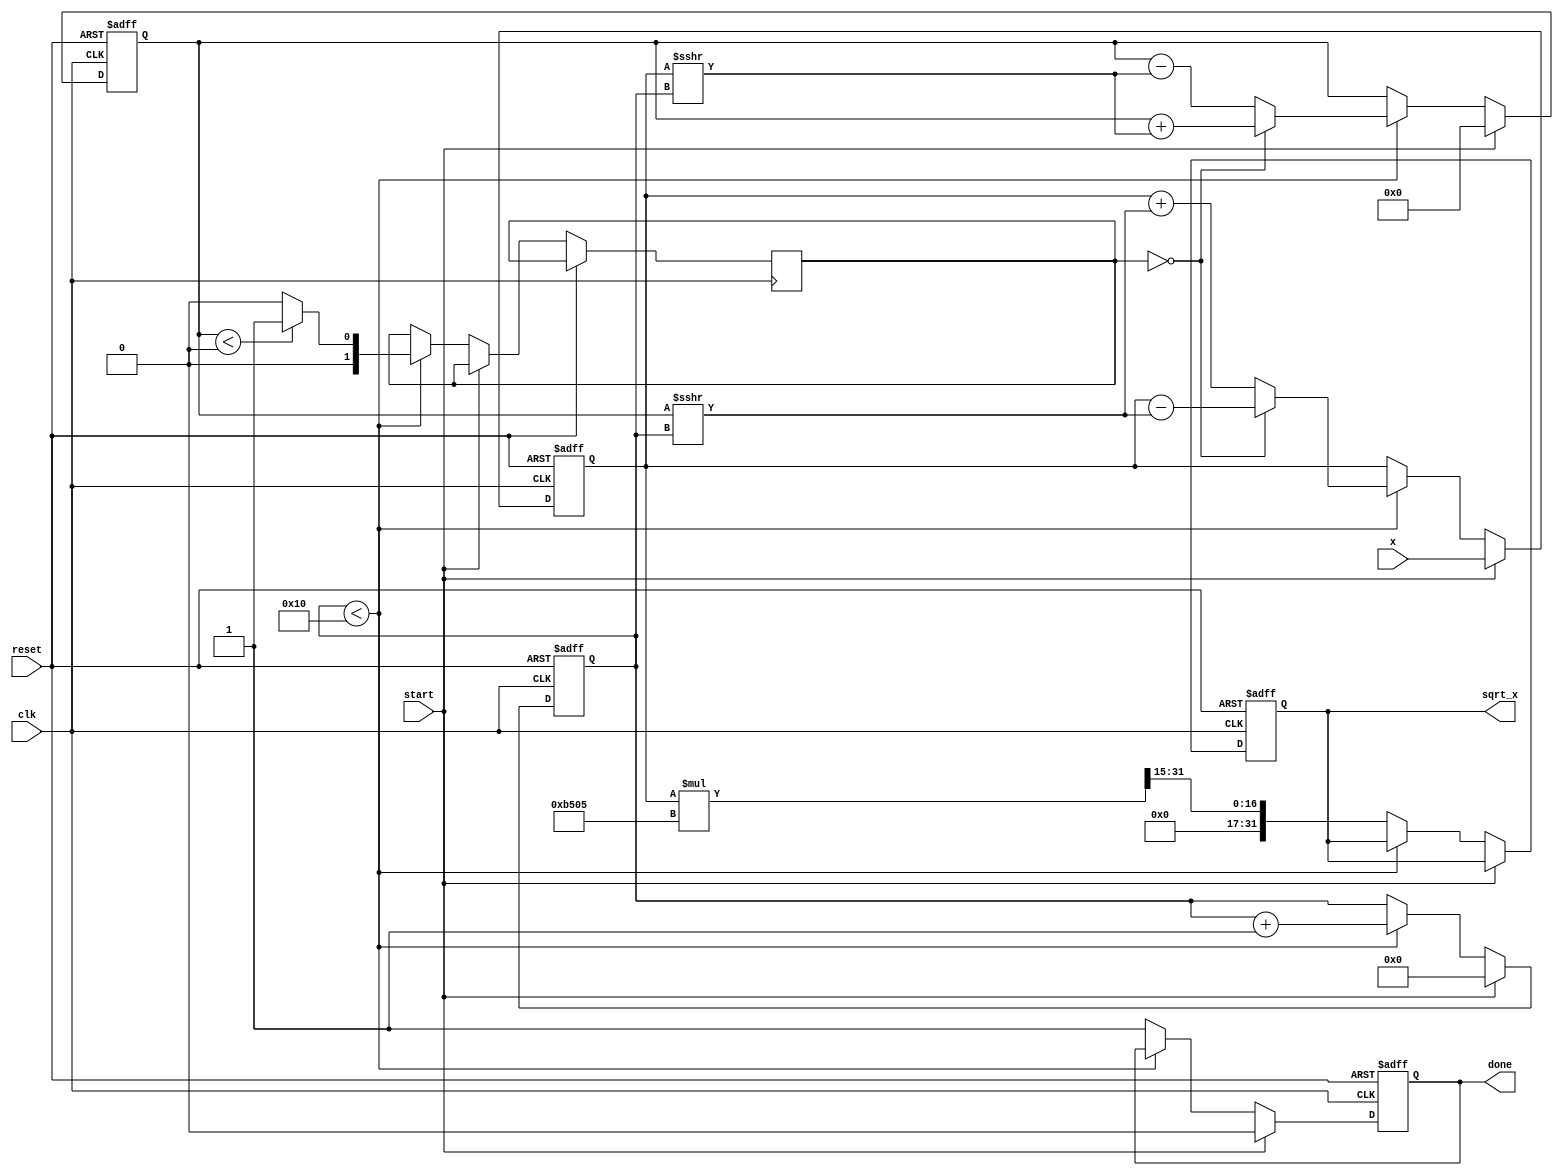
module cordic_sqrt (
    input wire clk,
    input wire reset,
    input wire start,
    input wire [31:0] x, // Input number (non-negative)
    output reg [31:0] sqrt_x, // Output square root
    output reg done // Done signal
);

    // Parameters
    parameter NUM_ITERATIONS = 16; // Number of iterations for precision
    parameter CORDIC_K = 32'hB505; // Scaling factor for CORDIC (approx. 1.64676)

    // Internal registers
    reg [31:0] X, Y, Z;
    reg [NUM_ITERATIONS-1:0] angle; // Angle for each iteration
    reg [3:0] iteration; // Iteration counter
    reg [1:0] d; // Direction of rotation

    // Predefined arctangent values for CORDIC
    reg [31:0] atan_table [0:NUM_ITERATIONS-1];

    initial begin
        // Initialize arctangent values (in fixed-point format)
        atan_table[0] = 32'h20000000; // atan(2^-0)
        atan_table[1] = 32'h13333333; // atan(2^-1)
        atan_table[2] = 32'h0A3D70A4; // atan(2^-2)
        atan_table[3] = 32'h052B7D2C; // atan(2^-3)
        atan_table[4] = 32'h028B0C8A; // atan(2^-4)
        atan_table[5] = 32'h0142C9A7; // atan(2^-5)
        atan_table[6] = 32'h00A3D70A; // atan(2^-6)
        atan_table[7] = 32'h0051EB85; // atan(2^-7)
        atan_table[8] = 32'h0028F5C3; // atan(2^-8)
        atan_table[9] = 32'h00145F9D; // atan(2^-9)
        atan_table[10] = 32'h000A2D3D; // atan(2^-10)
        atan_table[11] = 32'h0005141D; // atan(2^-11)
        atan_table[12] = 32'h00028B0C; // atan(2^-12)
        atan_table[13] = 32'h000142C9; // atan(2^-13)
        atan_table[14] = 32'h0000A3D7; // atan(2^-14)
        atan_table[15] = 32'h000051EB; // atan(2^-15)
    end

    // State machine for CORDIC operation
    always @(posedge clk or posedge reset) begin
        if (reset) begin
            sqrt_x <= 0;
            done <= 0;
            iteration <= 0;
            X <= 0;
            Y <= 0;
            Z <= 0;
        end else if (start) begin
            // Initialization
            X <= x;
            Y <= 0;
            Z <= 0; // Initial Z value for square root calculation
            iteration <= 0;
            done <= 0;
        end else if (iteration < NUM_ITERATIONS) begin
            // CORDIC iteration
            if (Y < 0) begin
                d <= 1; // Rotate clockwise
            end else begin
                d <= 0; // Rotate counter-clockwise
            end

            // Update equations
            if (d == 0) begin
                X <= X - (Y >>> iteration); // X_new = X_old - (Y_old * 2^(-i))
                Y <= Y + (X >>> iteration); // Y_new = Y_old + (X_old * 2^(-i))
            end else begin
                X <= X + (Y >>> iteration);
                Y <= Y - (X >>> iteration);
            end

            // Update Z (not used in square root, but for completeness)
            Z <= Z - atan_table[iteration];

            // Increment iteration counter
            iteration <= iteration + 1;
        end else begin
            // Final output
            sqrt_x <= (X * CORDIC_K) >>> (NUM_ITERATIONS - 1); // Scale the result
            done <= 1; // Indicate operation is complete
        end
    end
endmodule